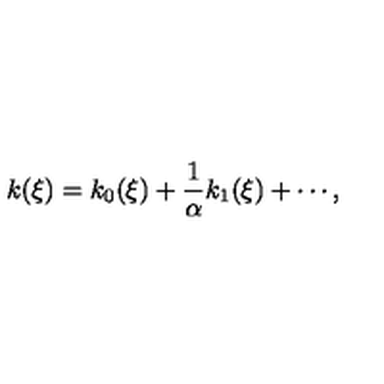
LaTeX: k ( \xi ) = k _ { 0 } ( \xi ) + \frac { 1 } { \alpha } k _ { 1 } ( \xi ) + \cdots ,